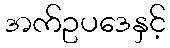
အက်ဥပဒေနှင့်